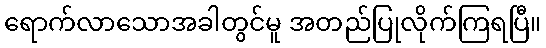
ရောက်လာသောအခါတွင်မူ အတည်ပြုလိုက်ကြရပြီ။